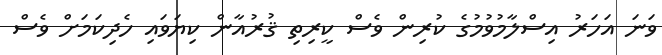
ވަނަ އަހަރު އިސްލާމުވުމުގެ ކުރިން ވެސް ކީރިތި ޤުރުއާން ކިޔަވައި ހެދިކަމަށް ވެސް